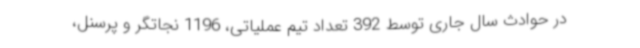
در حوادث سال جاری توسط 392 تعداد تیم عملیاتی، 1196 نجاتگر و پرسنل،